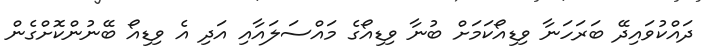
ދައްކުވައިދޭ ބަރަހަނާ ވިޑިއޯކަމަށް ބުނާ ވިޑިއޯގެ މައްސަލައާއި އަދި އެ ވިޑިއޯ ބޭނުންކޮށްގެން